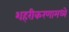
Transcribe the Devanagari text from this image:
शहरीकरणामध्ये